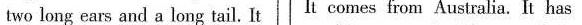
two long ears and a long tail. It It comes from Australia.It has